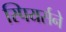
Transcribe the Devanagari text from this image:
स्पियर्सने